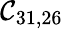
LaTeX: \mathcal{C}_{31,26}